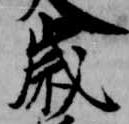
歳